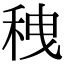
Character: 䄿